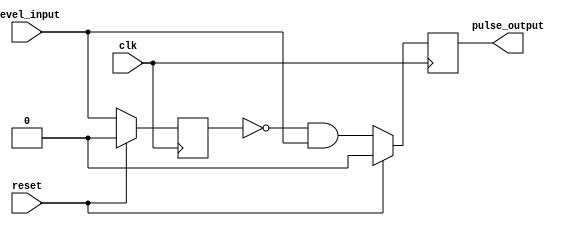
`timescale 1ns / 1ps
//////////////////////////////////////////////////////////////////////////////////
// Company: 
// Engineer: 
// 
// Design Name: 
// Module Name: level_to_pulse
// Project Name: 
// Target Devices: 
// Tool Versions: 
// Description: 
// 
// Dependencies: 
// 
// Revision:
// Revision 0.01 - File Created
// Additional Comments:
// 
//////////////////////////////////////////////////////////////////////////////////


module level_to_pulse(
    level_input, pulse_output, clk, reset
    );
    
    input level_input, clk, reset;
    output reg pulse_output;
    
    reg level_reg;
    
    always @(posedge clk) begin
        if (reset) begin
            pulse_output <= 0;
            level_reg <= 0;
        end else begin
            level_reg <= level_input;
            pulse_output <= ~level_reg & level_input;
        end
    end
    
endmodule